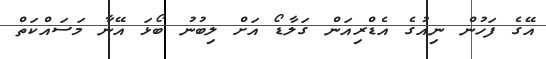
އޭގެ ފަހުން ނިއުގެ އެޑްރިއަން ގަލާޑޯ އަށް ލިބުނު ބޯޅަ އޭނާ މަސައްކަތް